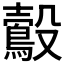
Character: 𪃟